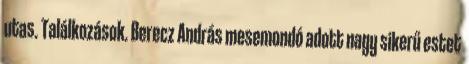
utas. Találkozások. Berecz András mesemondó adott nagy sikerű estet